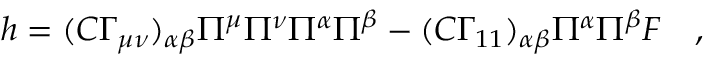
h = ( C \Gamma _ { \mu \nu } ) _ { \alpha \beta } \Pi ^ { \mu } \Pi ^ { \nu } \Pi ^ { \alpha } \Pi ^ { \beta } - ( C \Gamma _ { 1 1 } ) _ { \alpha \beta } \Pi ^ { \alpha } \Pi ^ { \beta } { \cal F } \quad ,